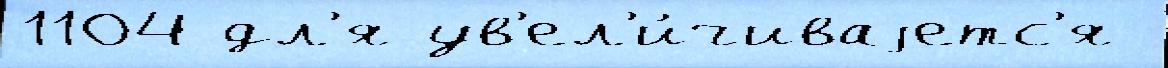
1104 дл'я ув'ел'и́чиваjетс'я